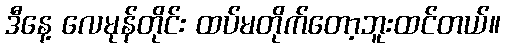
ဒီနေ့ လေမုန်တိုင်း ထပ်မတိုက်တော့ဘူးထင်တယ်။